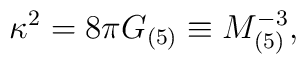
\kappa^2=8\pi G_{(5)}\equiv M_{(5)}^{-3},